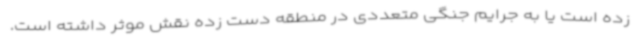
زده است یا به جرایم جنگی متعددی در منطقه دست زده نقش موثر داشته است.